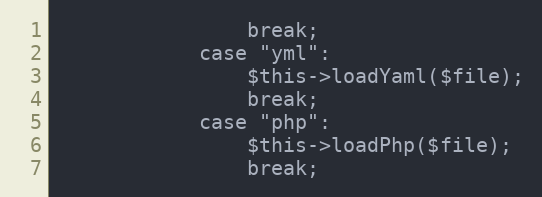
Language: PHP
                break;
            case "yml":
                $this->loadYaml($file);
                break;
            case "php":
                $this->loadPhp($file);
                break;